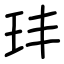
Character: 玤